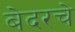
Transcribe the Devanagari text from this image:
बेदरचे